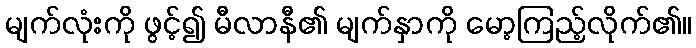
မျက်လုံးကို ဖွင့်၍ မီလာနီ၏ မျက်နှာကို မော့ကြည့်လိုက်၏။